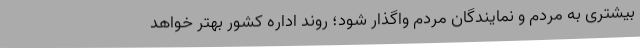
بیشتری به مردم و نمایندگان مردم واگذار شود؛ روند اداره کشور بهتر خواهد